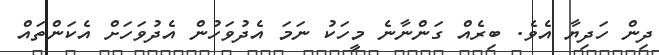
ދިން ހަދިޔާ އެވެ. ބިރެއް ގަންނާނެ މީހަކު ނަމަ އެދުވަހުން އެދުވަހަށް އެކަންތައް